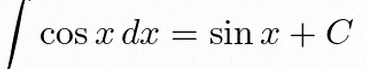
\int \cos x\,dx=\sin x+C